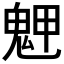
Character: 𩲳